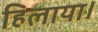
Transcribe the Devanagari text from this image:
हिलाया।